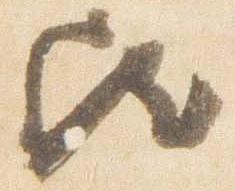
歟